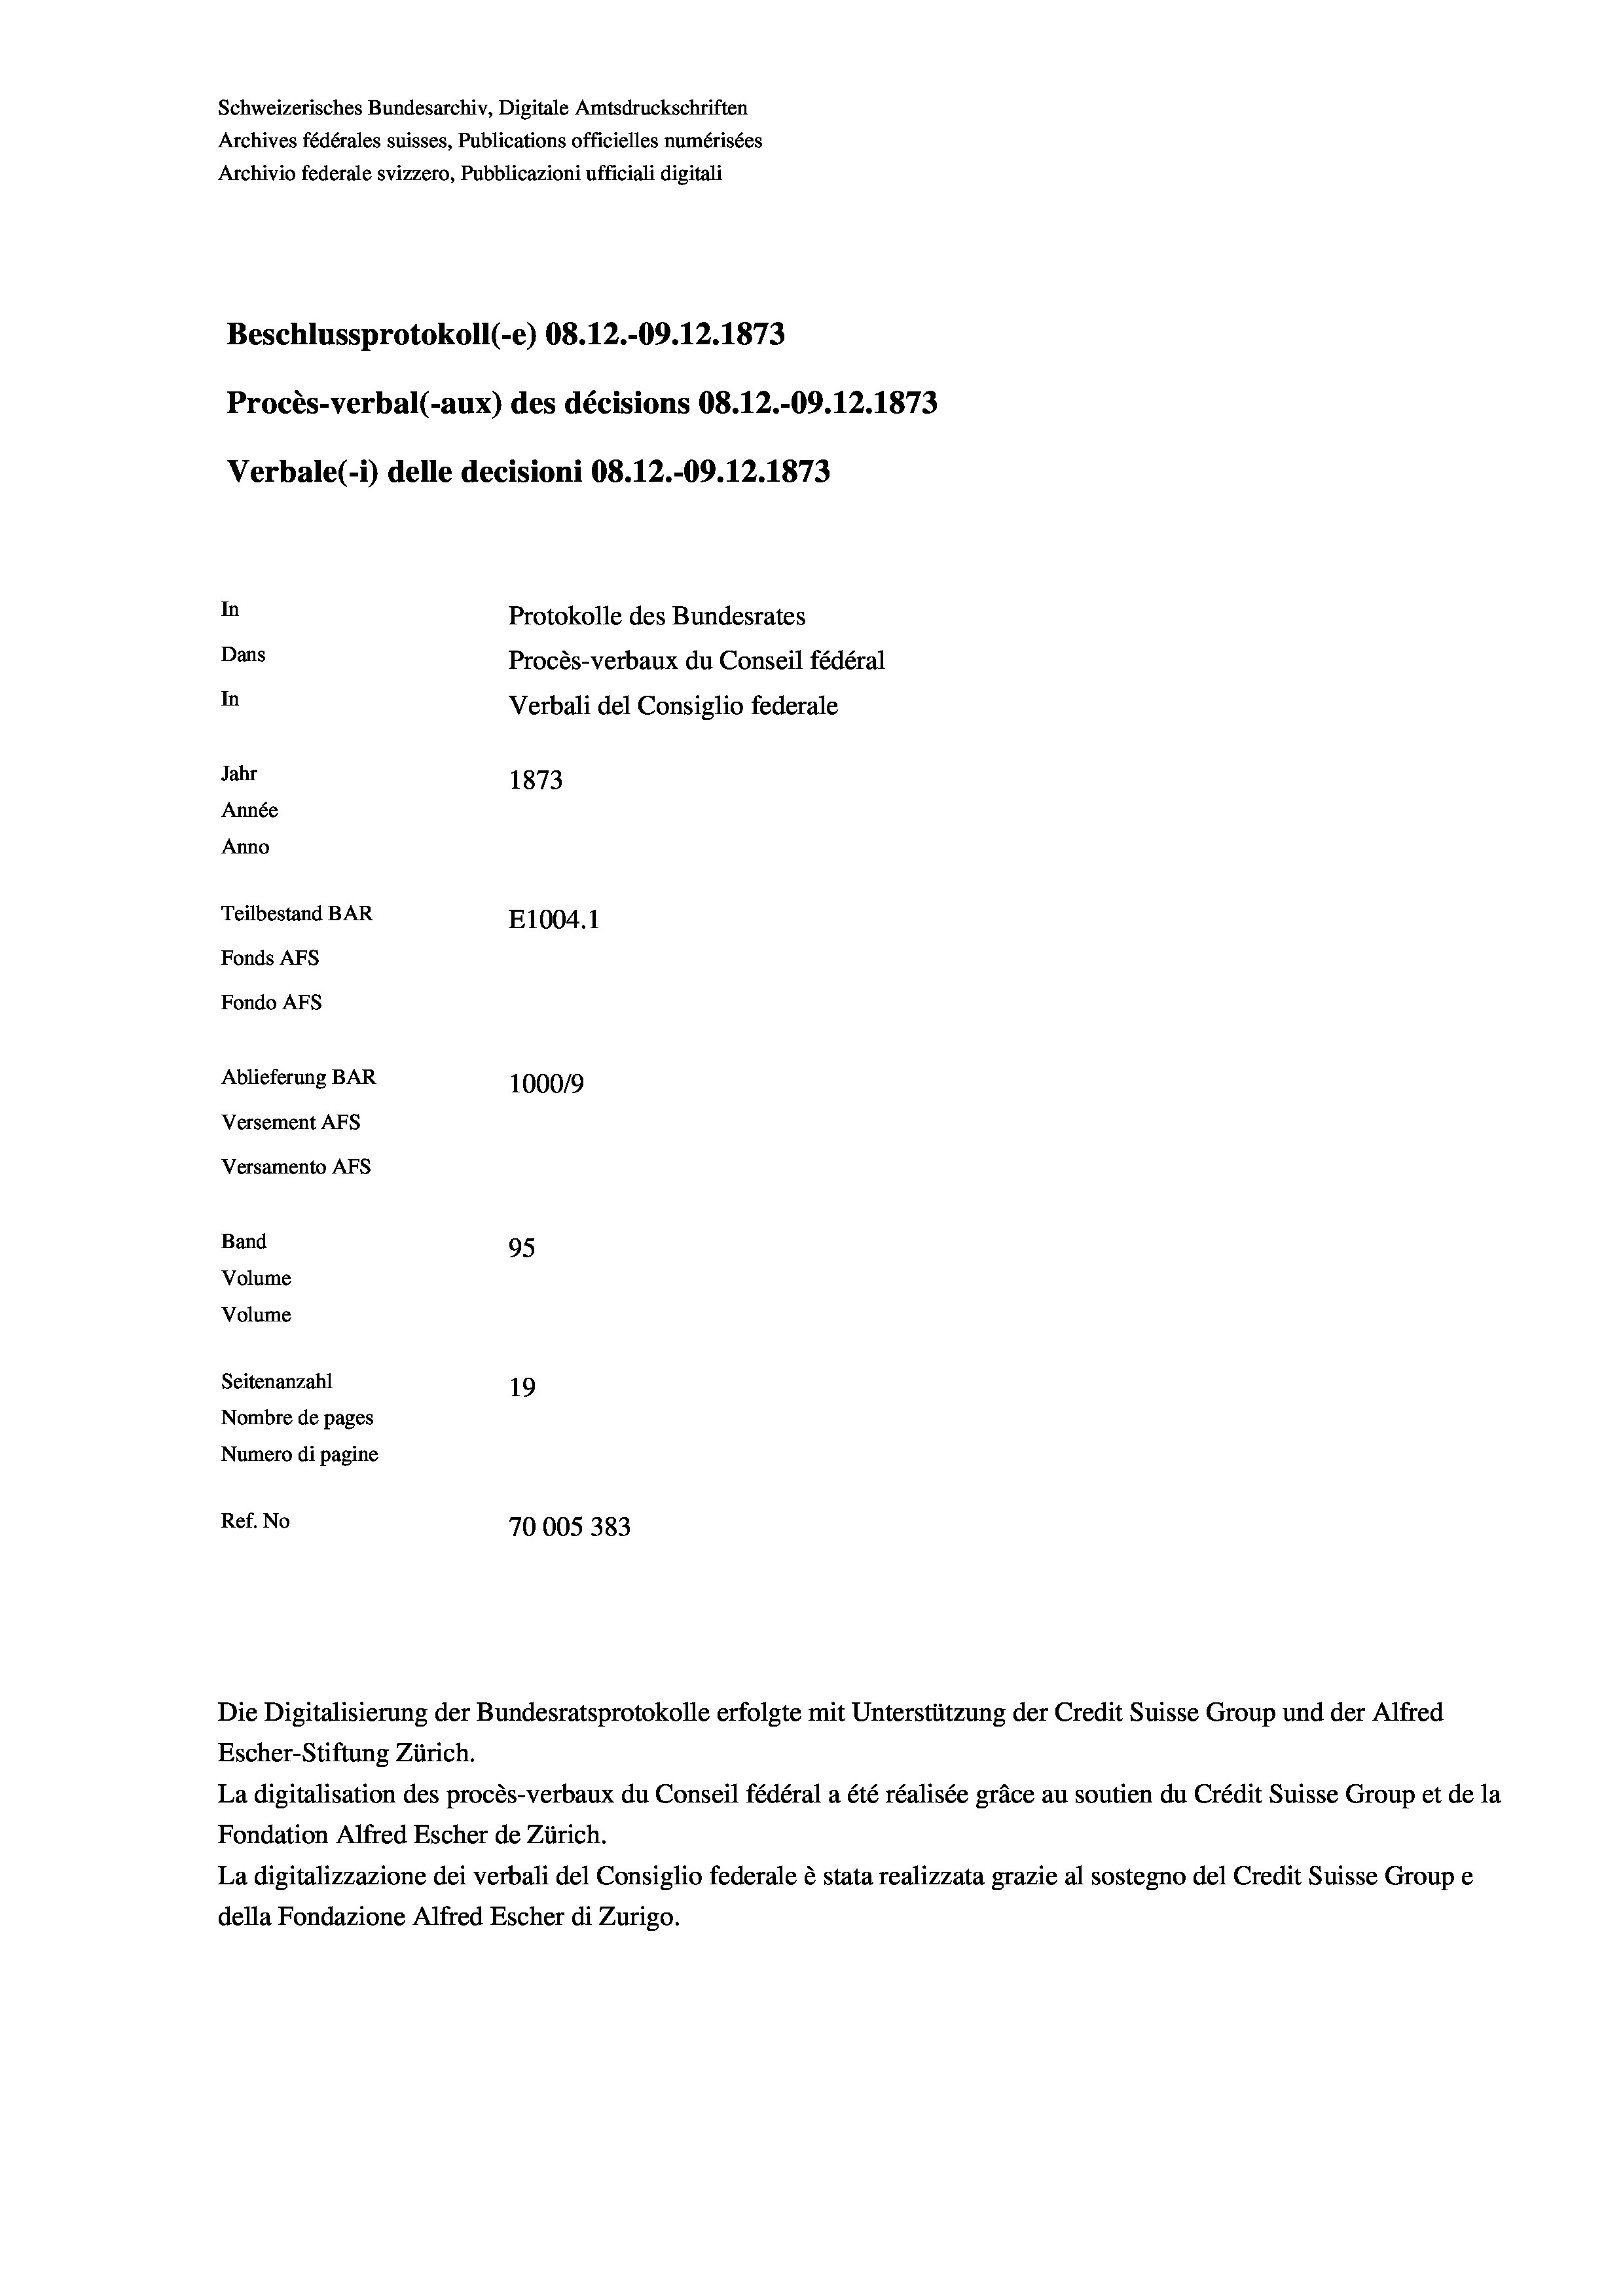
Schweizerisches Bundesarchiv, Digitale Amtsdruckschriften
Archives fédérales suisses, Publications officielles numérisées
Archivio federale svizzero, Pubblicazioni ufficiali digitali
Beschlussprotokoll (-e) 08. 12.-09.12.1873
Procès-verbal (-aux) des décisions 08.12.-09.12.1873
Verbale (- 1) delle decisioni 08. 12.-09. 12. 1873
In
Protokolle des Bundesrates
Dans
Procès-verbaux du Conseil fédéral
In
Verbali del Consiglio federale
Jahr
1873
Année
Anno
Teilbestand BAR
E1004.1
Fonds AFs
Fondo AFS
Ablieferung BAR
100019
Versement AFs
Versamento AFs

95
Seitenanzahl
19
Nombre de pages
Numero di pagine
Ref. No
70005383

Band
Volume
Volume

Escher-Stiftung Zürich.
La digitalisation des procès-verbaux du Conseil fédéral a été réalisée gräce au soutien du Crédit Suisse Group et de la
Fondation Alfred Escher de Zürich.
La digitalizzazione dei verbali del Consiglio federale è stata realizzata grazie al sostegno del Credit Suisse Groupe
della Fondazione Alfred Escher di Zurigo.

Die Digitalisierung der Bundesratsprotokolle erfolgte mit Unterstützung der Credit Suisse Group und der Alfred